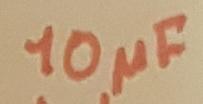
Text: 10µF